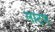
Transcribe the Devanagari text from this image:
लाटण